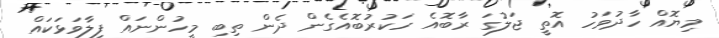
މިޔޮއް ހާދުވަހު އޮތީ ޖަލުގަ ރާބޮއެ ހަކުރުބޮއެގެން ދެން ތިބި މީހުންނައް ފިލާވަޅަކައް